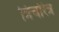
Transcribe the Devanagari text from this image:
त्रिचरित्र